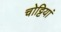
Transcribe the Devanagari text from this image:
चोट्टियां